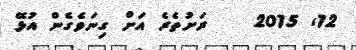
12